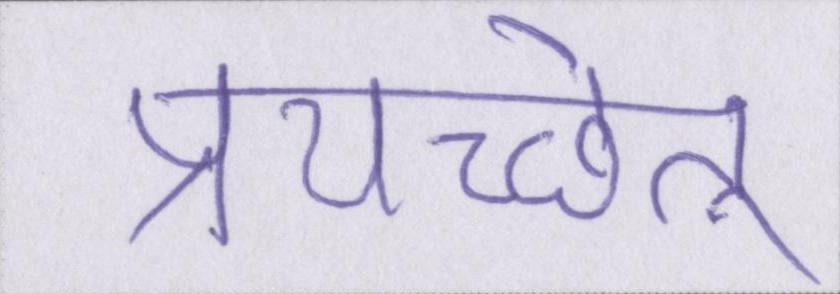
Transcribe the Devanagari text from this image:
प्रयच्छेत्